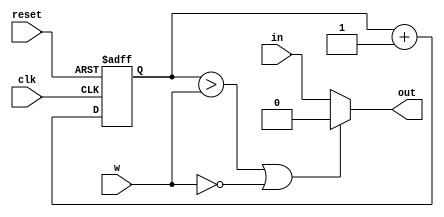
module pwm

#(
	parameter N = 4,
	          M = 1
)
(
	input wire clk, reset,
	input wire [M-1:0] in,
	input wire [N-1:0] w,
	output wire [M-1:0] out
);

	reg [N-1:0] counter_reg, counter_next;

	always @(posedge clk, posedge reset)
		if (reset)
			counter_reg <= 0;
		else
			counter_reg <= counter_next;
			
	always @*
		counter_next = counter_reg + 1'b1;
		
	assign out = (counter_reg > w || w == 0) ? 0 : in;

endmodule